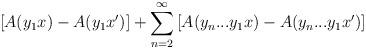
LaTeX: \begin{align*}\left[ A(y_1 x) - A(y_1 x') \right] + \sum_{n = 2}^\infty \left[ A(y_n...y_1x) - A(y_n...y_1x') \right]\end{align*}